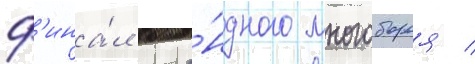
ф'ина́л кома́ндного многоборья /